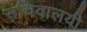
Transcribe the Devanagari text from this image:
सचिवालयी